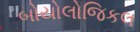
બોયોલોજિકલ